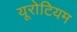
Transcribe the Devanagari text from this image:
यूरोटियम